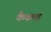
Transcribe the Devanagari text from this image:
कैकश